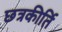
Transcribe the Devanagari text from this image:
छत्रकीर्ति